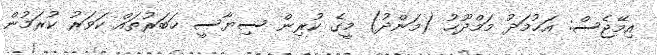
އިމޭޖެސް: އަޙުމަދު މަމްދޫޙު (މަންދު) މީގެ ކުރިން ސިޔާސީ ޚަބަރުތައް ކަވަރު ކުރަމުން